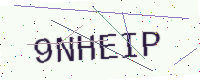
Text: 9NHEIP